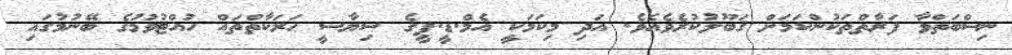
ނިސްބަތްވާ ފަރާތްތަކުންކަމަށް ޤަބޫލުކުރެވެއެވެ. އަދި މިކަމަކީ އެމް.ޑީ.ޕީގެ ސިޔާސީ ޙަރަކާތްތައް ހުއްޓުވުމުގެ ބޭނުމުގައި